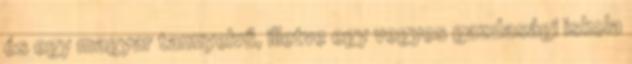
és egy magyar tannyelvű, illetve egy vegyes gazdasági iskola